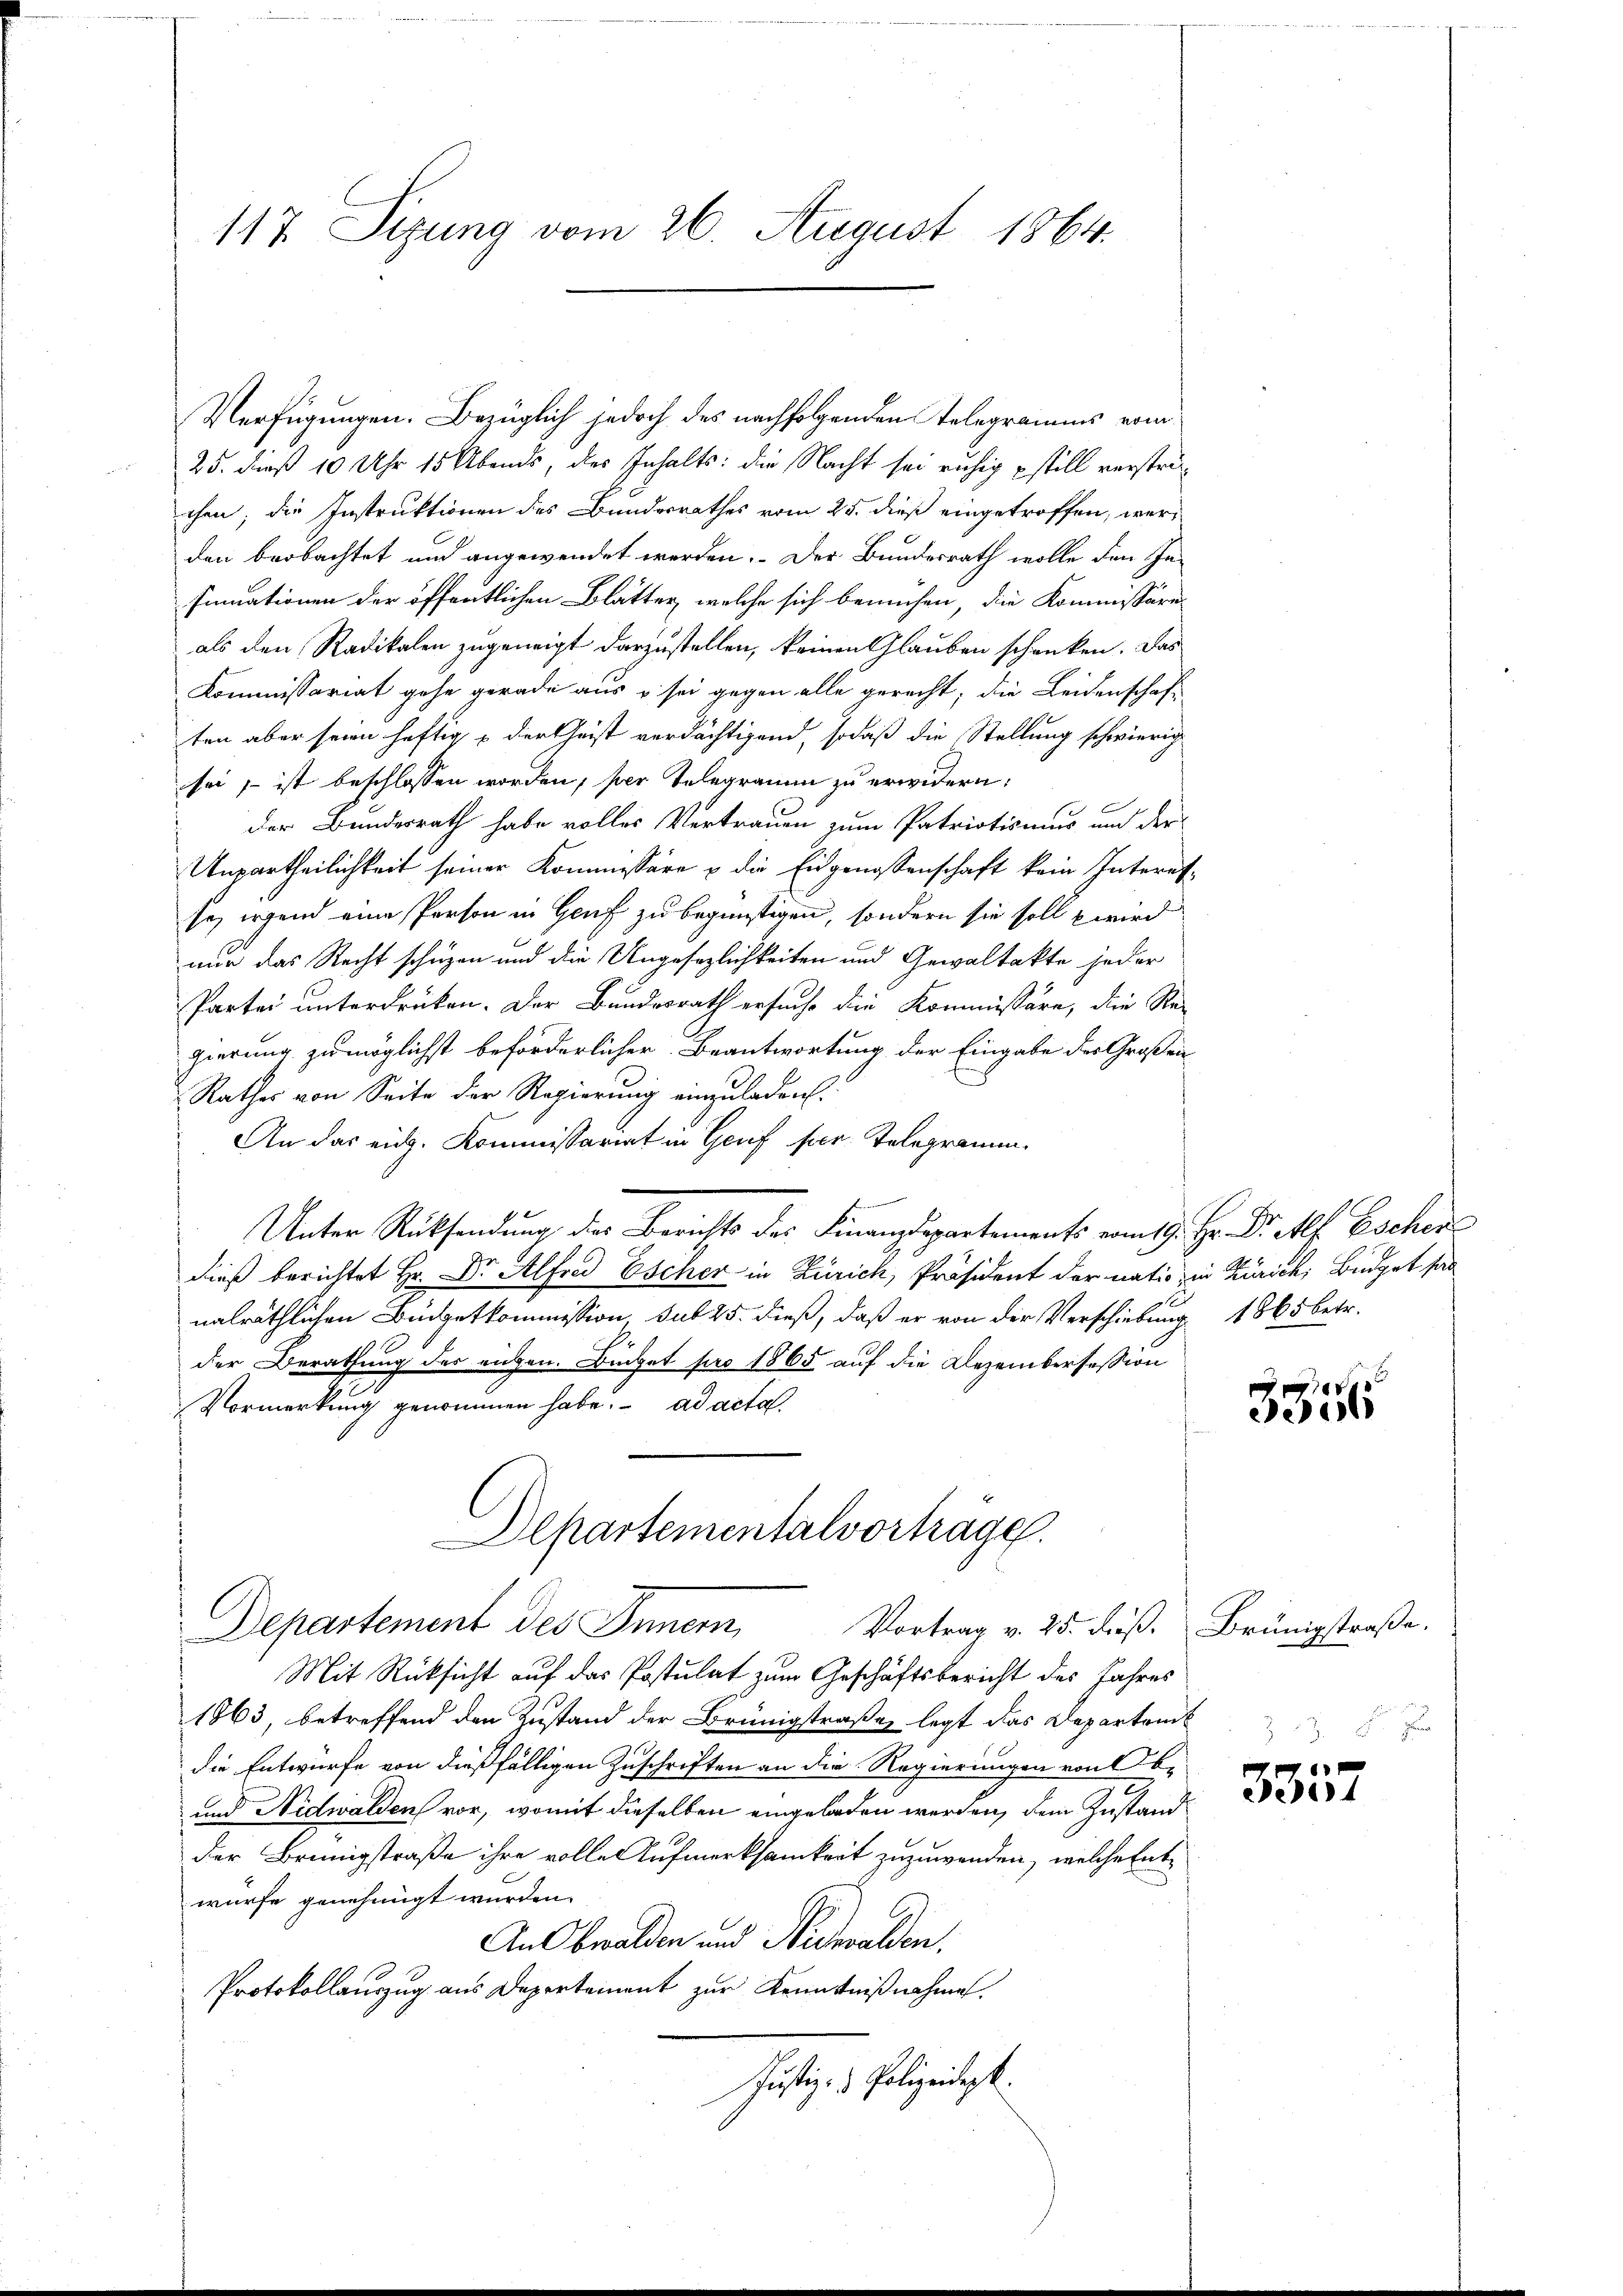
117 Sizung vom 26. August 1864.

Verfügungen. Bezüglich jedoch des nachfolgenden Telegramms vom
25. dieß 10 Uhr 15 Abends, der Inhalts: die Nacht sei ruhig still verstrichen; die Instruktionen des Bundesrathes vom 25. dieß eingetroffen, werden beobachtet und angewendet werden. Der Bundesrath wolle den Insinuationen der öffentlichen Blätter, welche sich bemühen, die Kommissäre
als den Radikalen zugeneigt darzustellen, keinen Glauben schenken. Das
Kommissariat gehe gerade aus u sei gegen alle gerecht, die Leidenschaft
ten aber seien heftig der Christ verdächtigend, sodaß die Stellung schwierig
sei, ist beschlossen worden, per Telegramm zu erwidern:
c
1
der Bundesrath habe volles Vertrauen zum Patriotismus und der
Unpartheilichkeit seiner Kommissäre u die Eidgenossenschaft kein Interetse, irgend eine Person in Genf zu begünstigen, sondern sie soll wird
nur das Recht schuzen und die Ungesezlichkeiten und Gewaltakte jeder
Partei unterdrücken. Der Bundesrath ersuche die Kommissäre, die Re-
gierung zu möglichst beförderlicher Beantwortung der Eingabe des Großen
Rathes von Seite der Regierung einzuladen.
An das eid. Kommissariat in Genf per Telegramm.
Unter Rücksendung der Berichts der Finanzdepartements vom 19. H. Dr Af. Eschen
dieß berichtet Hr. Dr. Alfred Escher in Zürich, Präsident der natio in Zürich; Büdget sas
nalräthlichen Büdgetkommission sub 25. dieß, daß er von der Verschiebung 1865 betr.
der Berathung der ruhen. Binget pro 1865 auf die Dezemberfassion
Vormerkung genommen habe. ad acta
Departementalvorträge.
Departement des Innern Vortrag v. 25. dieß. Brünigstraße.
Mit Rücksicht auf das Postulat zum Geschäftsbericht des Jahres
1863, betreffend den Zustand der Brünigstraße legt das Departrink
die Entwurfe von dießfälligen Zuschriften an die Regierungen von Ob¬
2
und Nidwalden vor, womit dieselben eingeladen werden, dem Zustand
der Brünigstraße ihre volle Aufmerksamkeit zuzuwenden, welche Entwürfe genehmigt wurden.
Anl bwalden und Nidwalden.
Protokollauszug aus Departement zur Kenntnißnahme.
Justiz- & Polizeidigt.

3336

3357